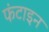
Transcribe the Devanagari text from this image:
फंटाइन